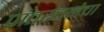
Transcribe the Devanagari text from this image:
प्रांतरचनेचा